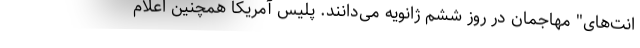
انت‌های" مهاجمان در روز ششم ژانویه می‌دانند. پلیس آمریکا همچنین اعلام